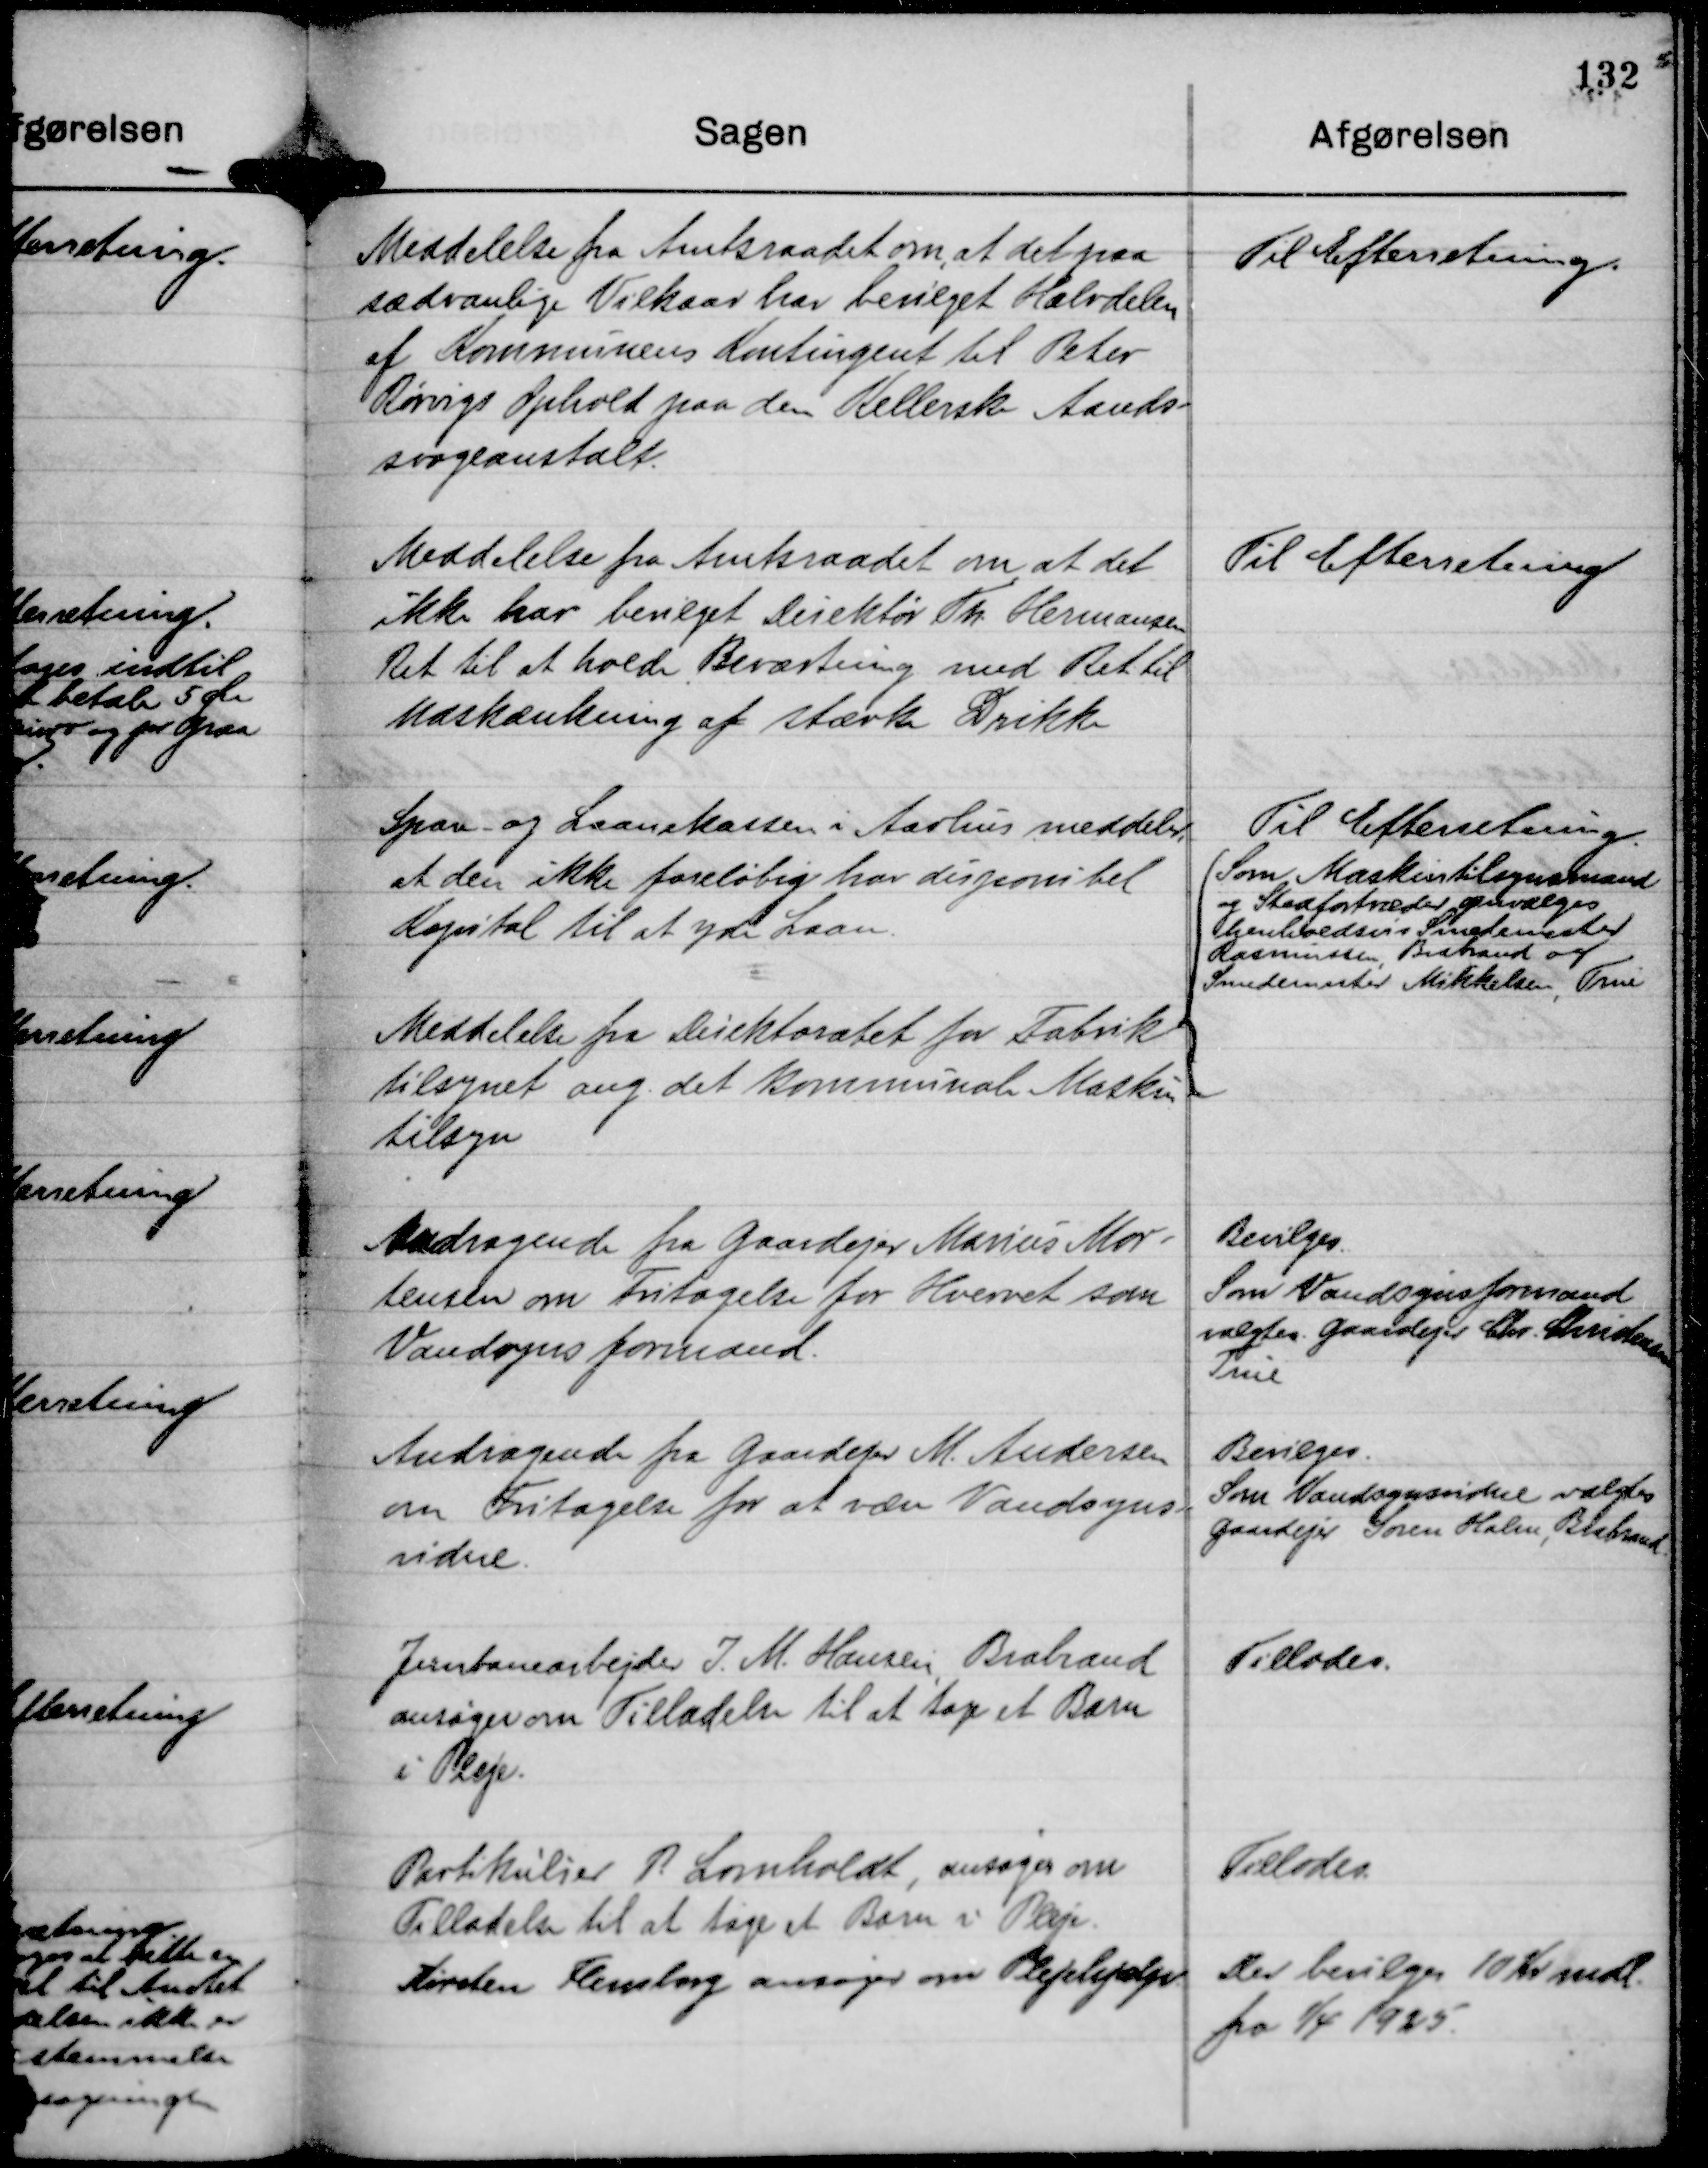
Transskription:
Meddelelse fra Amtsraadet om, at det paa
sædvanlige Vilkaar har bevilget Halvdelen
af Kommunens Kontingent til Peter
Rørvigs Ophold paa den Kellerske Aands-
svageanstalt.

Til Efterretning.

Meddelelse fra Amtsraadet om, at det
ikke har bevilget Direktør Th. Hermansen
Ret til at holde Beværtning med Ret til
Udskænkning af stærke Drikke

Til Efterretning

Spare- og Laanekassen i Aarhus meddeler,
at den ikke foreløbig har disponibel
Kapital til at yde Laan.

Til Efterretning.

Meddelelse fra Direktoratet for Fabrik
tilsynet ang. det kommunale Maskin
tilsyn

Som Maskintilsynsmand
og Stedfortræder genvælges
henholdsvis Smedemester
Rasmussen, Brabrand og
Smedemester Mikkelsen, True

Andragende fra Gaardejer Marius Mor-
tensen om Fritagelse for Hvervet som
Vandsynsformand.

Bevilges
Som Vandsynsformand
valgtes Gaardejer Chr. Christensen
True

Andragende fra Gaardejer M. Andersen
om Fritagelse for at være Vandsyns-
vidne.

Bevilges.
Som Vandsynsvidne valgtes
Gaardejer Søren Holm, Brabrand.

Jernbanearbejder J. M. Hansen, Brabrand
ansøger om Tilladelse til at tage et Barn
i Pleje.

Tillodes.

Partikulier P. Lomholdt, ansøger om
Tilladelse til at tage et Barn i Pleje.

Tillodes.

Kirsten Flensborg ansøger om Plejehjælp.

Der bevilges 10 Kr mdl.
fra 1/4 1925.